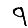
Digit: 9